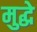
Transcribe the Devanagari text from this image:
मुद्धे